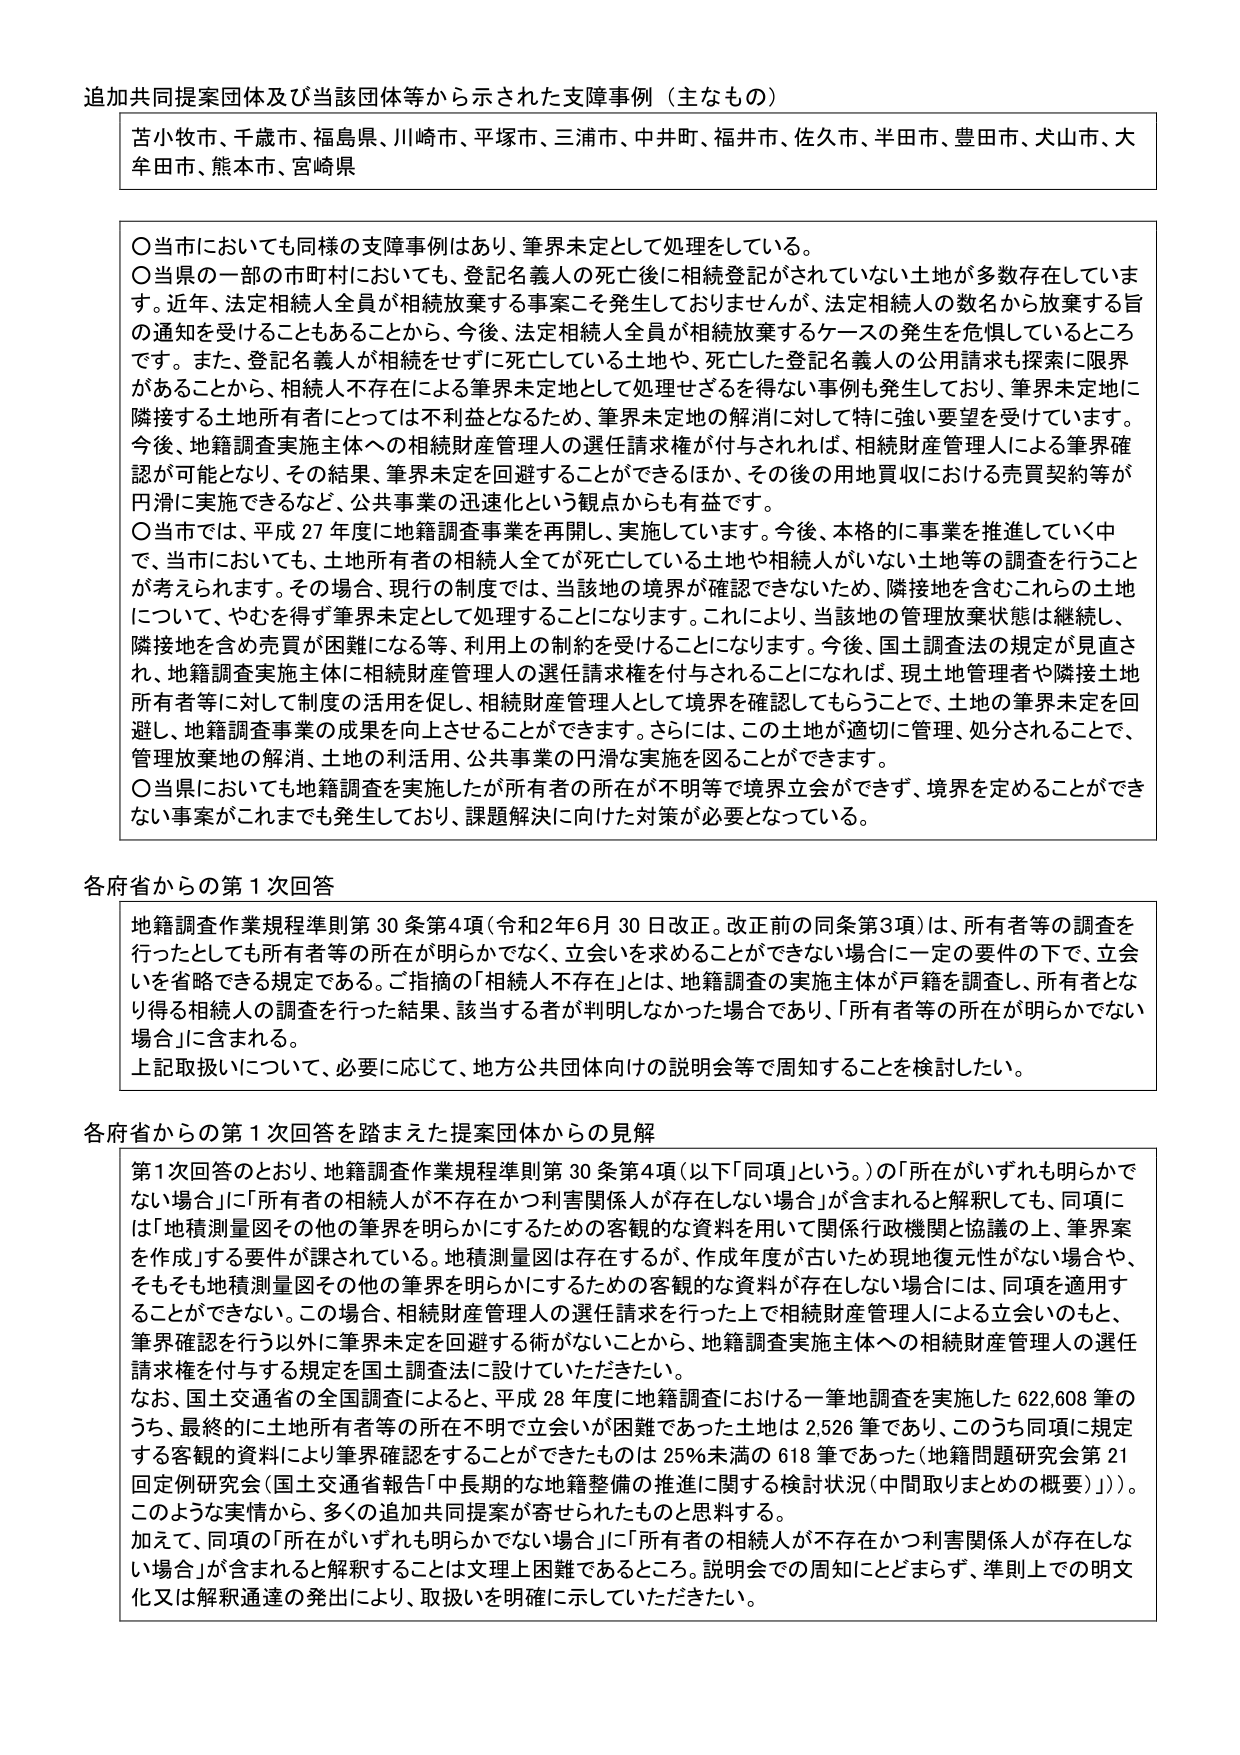
追加共同提案団体及び当該団体等から示された支障事例（主なもの）

苦小牧市、千歳市、福島県、川崎市、平塚市、三浦市、中井町、福井市、佐久市、半田市、豊田市、大山市、大牟田市、熊本市、宮崎県

〇当市においても同様の支障事例はあり、筆界未定として処理をしている。
〇当県の一部の市町村においても、登記名義人の死亡後に相続登記がされていない土地が多数存在しています。近年、法定相続人全員が相続放棄する事案こそ発生しておりませんが、法定相続人の数名から放棄する旨の通知を受けることもあることから、今後、法定相続人全員が相続放棄するケースの発生を危惧しているところです。また、登記名義人が相続をせずに死亡している土地や、死亡した登記名義人の公用請求も探索に限界があることから、相続人不存在による筆界未定地として処理せざるを得ない事例も発生しており、筆界未定地に隣接する土地所有者にとっては不利益となるため、筆界未定地の解消に対して特に強い要望を受けています。今後、地籍調査実施主体への相続財産管理人の選任請求権が付与されれば、相続財産管理人による筆界確認が可能となり、その結果、筆界未定を回避することができるほか、その後の用地買収における売買契約等が円滑に実施できるなど、公共事業の迅速化という観点からも有益です。
〇当市では、平成27年度に地籍調査事業を再開し、実施しています。今後、本格的に事業を推進していく中で、当市においても、土地所有者の相続人全てが死亡している土地や相続人がいない土地等の調査を行うことが考えられます。その場合、現行の制度では、当該地の境界が確認できないため、隣接地を含むこれらの土地について、やむを得ず筆界未定として処理することになります。これにより、当該地の管理放棄状態は継続し、隣接地を含め売買が困難になる等、利用上の制約を受けることになります。今後、国土調査法の規定が見直され、地籍調査実施主体に相続財産管理人の選任請求権が付与されることになれば、現土地管理者や隣接地所有者等に対して制度の活用を促し、相続財産管理人として境界を確認してもらうことで、土地の筆界未定を回避し、地籍調査事業の成果を向上させることができます。さらには、この土地が適切に管理、処分されることで、管理放棄地の解消、土地の利活用、公共事業の円滑な実施を図ることができます。
〇当県においても地籍調査を実施したが所有者の所在が不明等で境界立会ができず、境界を定めることができない事案がこれまでにも発生しており、課題解決に向けた対策が必要となっている。

各府省からの第1次回答

地籍調査作業規程準則第30条第4項（令和2年6月30日改正。改正前の同条第3項）は、所有者等の調査を行ったとしても所有者等の所在が明らかでなく、立会を求めることができない場合に一定の要件の下で、立会いを省略できる規定である。ご指摘の「相続人不存在」とは、地籍調査の実施主体が戸籍を調査し、所有者となり得る相続人の調査を行った結果、該当する者が判明しなかった場合であり、「所有者等の所在が明らかでない場合」に含まれる。
上記取扱いについて、必要に応じて、地方公共団体向けの説明会等で周知することを検討したい。

各府省からの第1次回答を踏まえた提案団体からの見解

第1次回答のとおり、地籍調査作業規程準則第30条第4項（以下「同項」という。）の「所在がいずれも明らかでない場合」に「所有者の相続人が不存在かつ利害関係人が存在しない場合」が含まれると解釈しても、同項には「地積測量図その他の筆界を明らかにするための客観的な資料を用いて関係行政機関と協議の上、筆界案を作成」する要件が課されている。地積測量図は存在するが、作成年度が古いため現地復元性がない場合や、そもそも地積測量図その他の筆界を明らかにするための客観的な資料が存在しない場合には、同項を適用することができない。この場合、相続財産管理人の選任請求を行った上で相続財産管理人による立会いのもと、筆界確認を行う以外に筆界未定を回避する術がないことから、地籍調査実施主体への相続財産管理人の選任請求権を付与する規定を国土調査法に設けていただきたい。
なお、国土交通省の全国調査によると、平成28年度に地籍調査における一筆地調査を実施した622,608筆のうち、最終的に土地所有者等の所在不明で立会いが困難であった土地は2,526筆であり、このうち同項に規定する客観的資料により筆界確認をすることができたものは25％未満の618筆であった（地籍問題研究会第21回定例研究会（国土交通省報告「中長期的な地籍整備の推進に関する検討状況（中間取りまとめの概要）」））。このような実情から、多くの追加共同提案が寄せられたものと思料する。
加えて、同項の「所在がいずれも明らかでない場合」に「所有者の相続人が不存在かつ利害関係人が存在しない場合」が含まれると解釈することは文理上困難であるところ。説明会での周知にとどまらず、準則上での明文化又は解釈通達の発出により、取扱いを明確に示していただきたい。